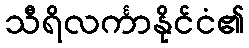
သီရိလင်္ကာနိုင်ငံ၏